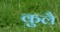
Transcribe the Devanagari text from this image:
कुलै